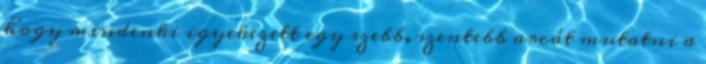
hogy mindenki igyekezett egy szebb, szentebb arcát mutatni a